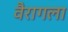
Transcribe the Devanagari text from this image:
वैरागला